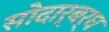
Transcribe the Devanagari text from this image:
सोदार्बर्घ